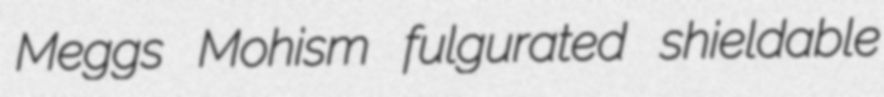
Meggs Mohism fulgurated shieldable